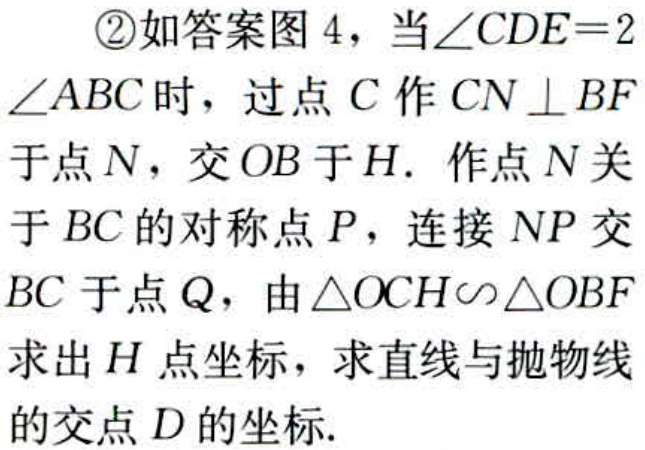
\textcircled{2}如答案图 4，当$\angle CDE = 2\angle ABC$时，过点$C$作$CN\perp BF$于点$N$，交$OB$于$H$. 作点$N$关于$BC$的对称点$P$，连接$NP$交$BC$于点$Q$，由$\triangle OCH\backsim\triangle OBF$求出$H$点坐标，求直线与抛物线的交点$D$的坐标.